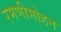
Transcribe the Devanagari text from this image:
रमणीमोहन